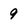
Character: 9